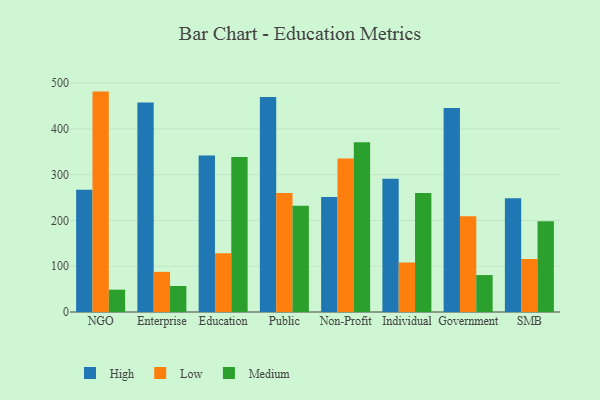
{"axis": {"x": "Segment", "y": "Production Output"}, "legend": ["High", "Low", "Medium"], "data": [{"x": "NGO", "y": 267.0, "type": "High"}, {"x": "NGO", "y": 481.6, "type": "Low"}, {"x": "NGO", "y": 48.8, "type": "Medium"}, {"x": "Enterprise", "y": 457.7, "type": "High"}, {"x": "Enterprise", "y": 87.7, "type": "Low"}, {"x": "Enterprise", "y": 56.8, "type": "Medium"}, {"x": "Education", "y": 342.2, "type": "High"}, {"x": "Education", "y": 128.5, "type": "Low"}, {"x": "Education", "y": 338.8, "type": "Medium"}, {"x": "Public", "y": 469.8, "type": "High"}, {"x": "Public", "y": 259.9, "type": "Low"}, {"x": "Public", "y": 231.9, "type": "Medium"}, {"x": "Non-Profit", "y": 251.3, "type": "High"}, {"x": "Non-Profit", "y": 335.5, "type": "Low"}, {"x": "Non-Profit", "y": 370.8, "type": "Medium"}, {"x": "Individual", "y": 290.9, "type": "High"}, {"x": "Individual", "y": 108.1, "type": "Low"}, {"x": "Individual", "y": 260.3, "type": "Medium"}, {"x": "Government", "y": 445.9, "type": "High"}, {"x": "Government", "y": 209.1, "type": "Low"}, {"x": "Government", "y": 80.7, "type": "Medium"}, {"x": "SMB", "y": 248.5, "type": "High"}, {"x": "SMB", "y": 115.9, "type": "Low"}, {"x": "SMB", "y": 198.4, "type": "Medium"}]}